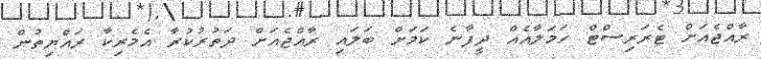
ރާއްޖެއަށް ޓެރަރިސްޓް ހަމަލާއެއް ދީފާނެ ކަމަށް ބަލައި ރާއްޖެއަށް ދަތުރުކުރާ އެމެރިކާ ރައްޔިތުން